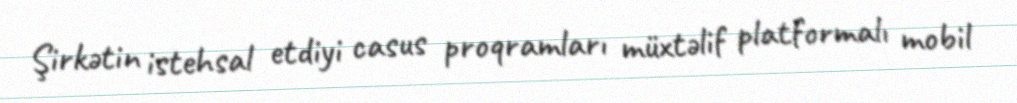
Şirkətin istehsal etdiyi casus proqramları müxtəlif platformalı mobil